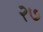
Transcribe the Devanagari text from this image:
२७